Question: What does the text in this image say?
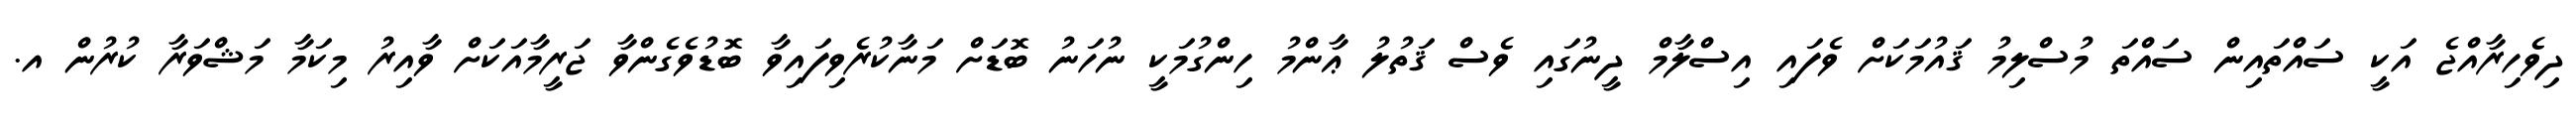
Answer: ދިވެހިރާއްޖެ އަކީ ސައްތައިން ސައްތަ މުސްލިމު ޤައުމަކަށް ވެފައި އިސްލާމް ދީނުގައި ވެސް ޤަތުލު ޢާންމު ހިންގުމަކީ ނުހަނު ބޮޑަށް މަނާކުރެވިފައިވާ ބޮޑުވެގެންވާ ޖަރީމާއަކަށް ވާއިރު މިކަމާ މަޝްވަރާ ކުރުން އ.